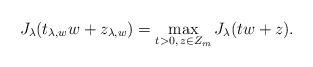
LaTeX: \begin{align*}J_{\lambda}(t_{\lambda,w}w+z_{\lambda,w})=\max_{t>0,\,z\in Z_{m}}J_{\lambda}(tw+z).\end{align*}